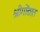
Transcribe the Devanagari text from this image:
श्रीगोंद्यात